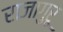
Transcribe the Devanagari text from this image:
राजागुरू